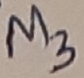
Text: M3